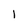
Character: 1